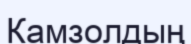
Камзолдың